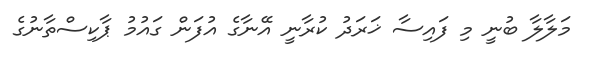
މަލާލާ ބުނީ މި ފައިސާ ޚަރަދު ކުރާނީ އޭނާގެ އުފަން ގައުމު ޕާކިސްތާނުގެ